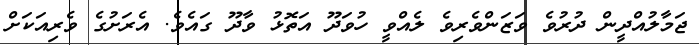
ޖަމާލުއްދީން ދުރުވެ ވަޒަންވެރިވެ ލެއްވީ ހުވަދޫ އަތޮޅު ވާދޫ ގައެވެ. އެރަށުގެ ވެރިއަކަށް